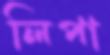
লিপা